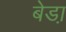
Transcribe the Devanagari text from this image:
बेडा़